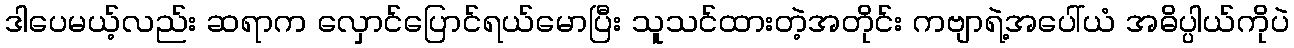
ဒါပေမယ့်လည်း ဆရာက လှောင်ပြောင်ရယ်မောပြီး သူသင်ထားတဲ့အတိုင်း ကဗျာရဲ့အပေါ်ယံ အဓိပ္ပါယ်ကိုပဲ